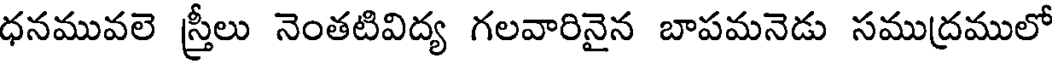
ధనమువలె స్త్రీలు నెంతటివిద్య గలవారినైన బాపమనెడు సముద్రములో